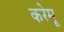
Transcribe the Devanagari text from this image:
करेमू